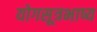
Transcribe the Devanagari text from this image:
योगसूत्रभाष्य